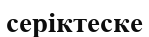
серіктеске